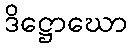
ဒိဋ္ဌောဃော